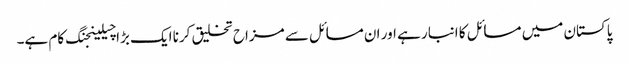
پاکستان میں مسائل کا انبار ہے اور ان مسائل سے مزاح تخلیق کرنا ایک بڑا چیلینجنگ کام ہے۔